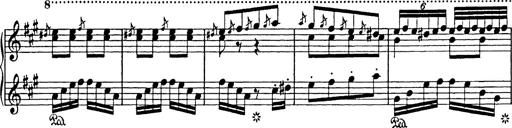
Title: Mephisto Polka
Composer: Franz Liszt